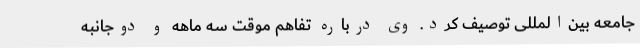
جامعه بین‌المللی توصیف کرد. وی درباره تفاهم موقت سه ماهه و دوجانبه